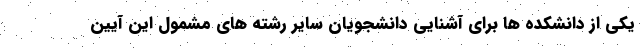
یکی از دانشکده ها برای آشنایی دانشجویان سایر رشته های مشمول این آیین